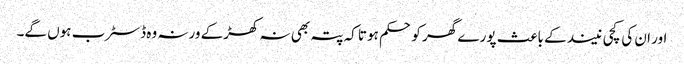
اور ان کی کچی نیند کے باعث پورے گھر کو حکم ہوتا کہ پتہ بھی نہ کھڑکے ورنہ وہ ڈسٹرب ہوں گے۔